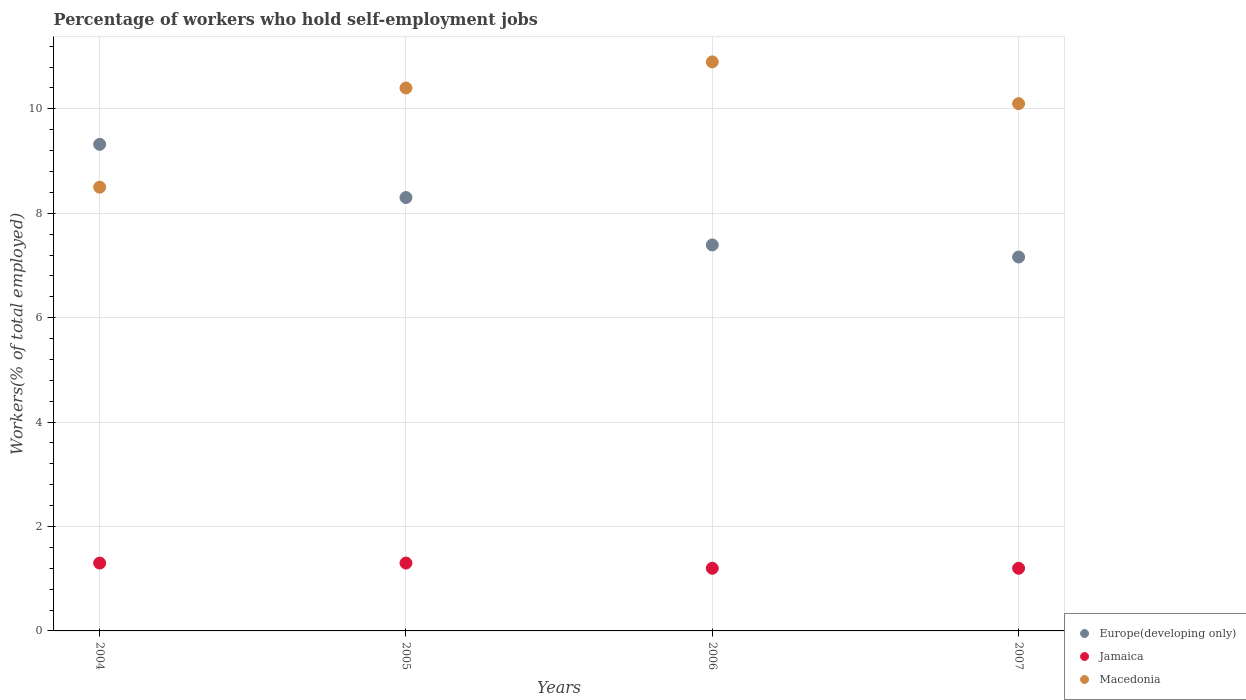
| Years | Europe(developing only) | Jamaica | Macedonia |
 | --- | --- | --- | --- |
 | 2004 | 9.32 | 1.3 | 8.5 |
 | 2005 | 8.3 | 1.3 | 10.4 |
 | 2006 | 7.39 | 1.2 | 10.9 |
 | 2007 | 7.16 | 1.2 | 10.1 |